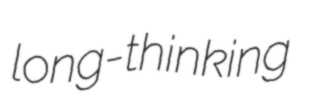
long-thinking